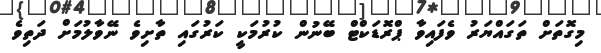
މިގޮތަށް ތަގައްޔަރު ވެފައިވާ ޕްރޮޑަކްޓް ބޭނުން ކުރުމަކީ ކަރުގައި ތާށިވެ ނޭވާލުމަށް ދަތިވެ